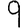
Digit: 9